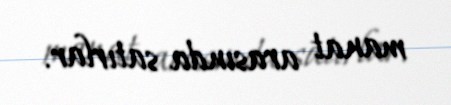
manat arasında satırlar.